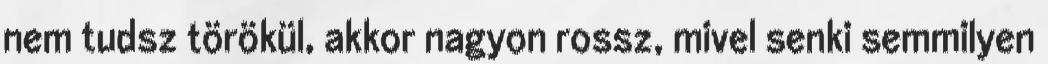
nem tudsz törökül, akkor nagyon rossz, mivel senki semmilyen